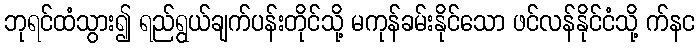
ဘုရင်ထံသွား၍ ရည်ရွယ်ချက်ပန်းတိုင်သို့ မကုန်ခမ်းနိုင်သော ဖင်လန်နိုင်ငံသို့ က်နင